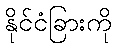
နိုင်ငံခြားကို